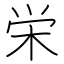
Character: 栄